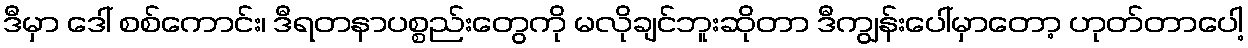
ဒီမှာ ဒေါ် စစ်ကောင်း၊ ဒီရတနာပစ္စည်းတွေကို မလိုချင်ဘူးဆိုတာ ဒီကျွန်းပေါ်မှာတော့ ဟုတ်တာပေါ့